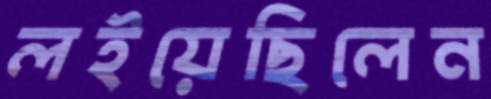
লইয়েছিলেন